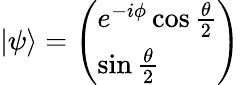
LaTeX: \begin{array}{r}{|\psi\rangle=\left(\begin{array}{l}{e^{-i\phi}\cos\frac{\theta}{2}}\\ {\sin\frac{\theta}{2}}\end{array}\right)}\end{array}